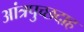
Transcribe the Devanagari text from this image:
आंत्रपुच्छदाह